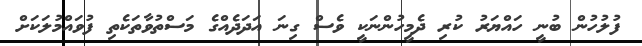
ފުލުހުން ބުނީ ހައްޔަރު ކުރި ދެމީހުންނަކީ ވެސް ގިނަ އަދަދެއްގެ މަސްތުވާތަކެތި ފުވައްމުލަކަށް